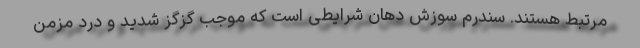
مرتبط هستند. سندرم سوزش دهان شرایطی است که موجب گزگز شدید و درد مزمن